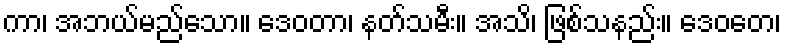
ကာ၊ အဘယ်မည်သော။ ဒေဝတာ၊ နတ်သမီး။ အသိ၊ ဖြစ်သနည်း။ ဒေဝတေ၊